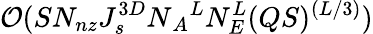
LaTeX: \mathcal{O}(SN_{nz}J_{s}^{3D}N{_A}^{L}N_{E}^{L}(QS)^{(L/3)})